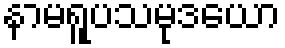
နာမရူပသမုဒယော